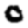
Digit: 0